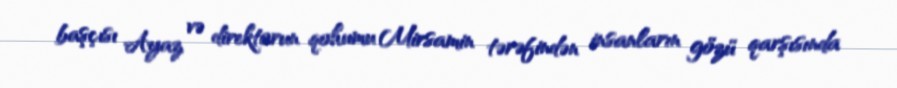
başçısı Ayaz və direktorun qohumu Mirsamin tərəfindən insanların gözü qarşısında